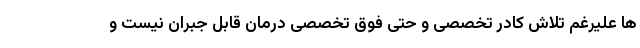
ها علیرغم تلاش کادر تخصصی و حتی فوق تخصصی درمان قابل جبران نیست و